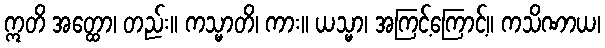
ဣတိ အတ္ထော၊ တည်း။ ကသ္မာတိ၊ ကား။ ယသ္မာ၊ အကြင့်ကြောင့်။ ကသိဏာယ၊